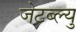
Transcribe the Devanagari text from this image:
जेटब्ल्यु